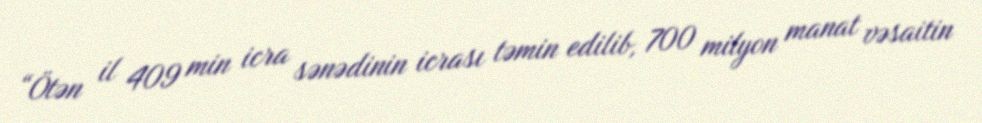
“Ötən il 409 min icra sənədinin icrası təmin edilib, 700 milyon manat vəsaitin